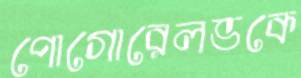
পোগোরেলভকে